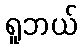
ရူဘယ်